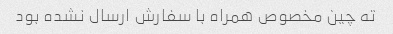
ته چین مخصوص همراه با سفارش ارسال نشده بود